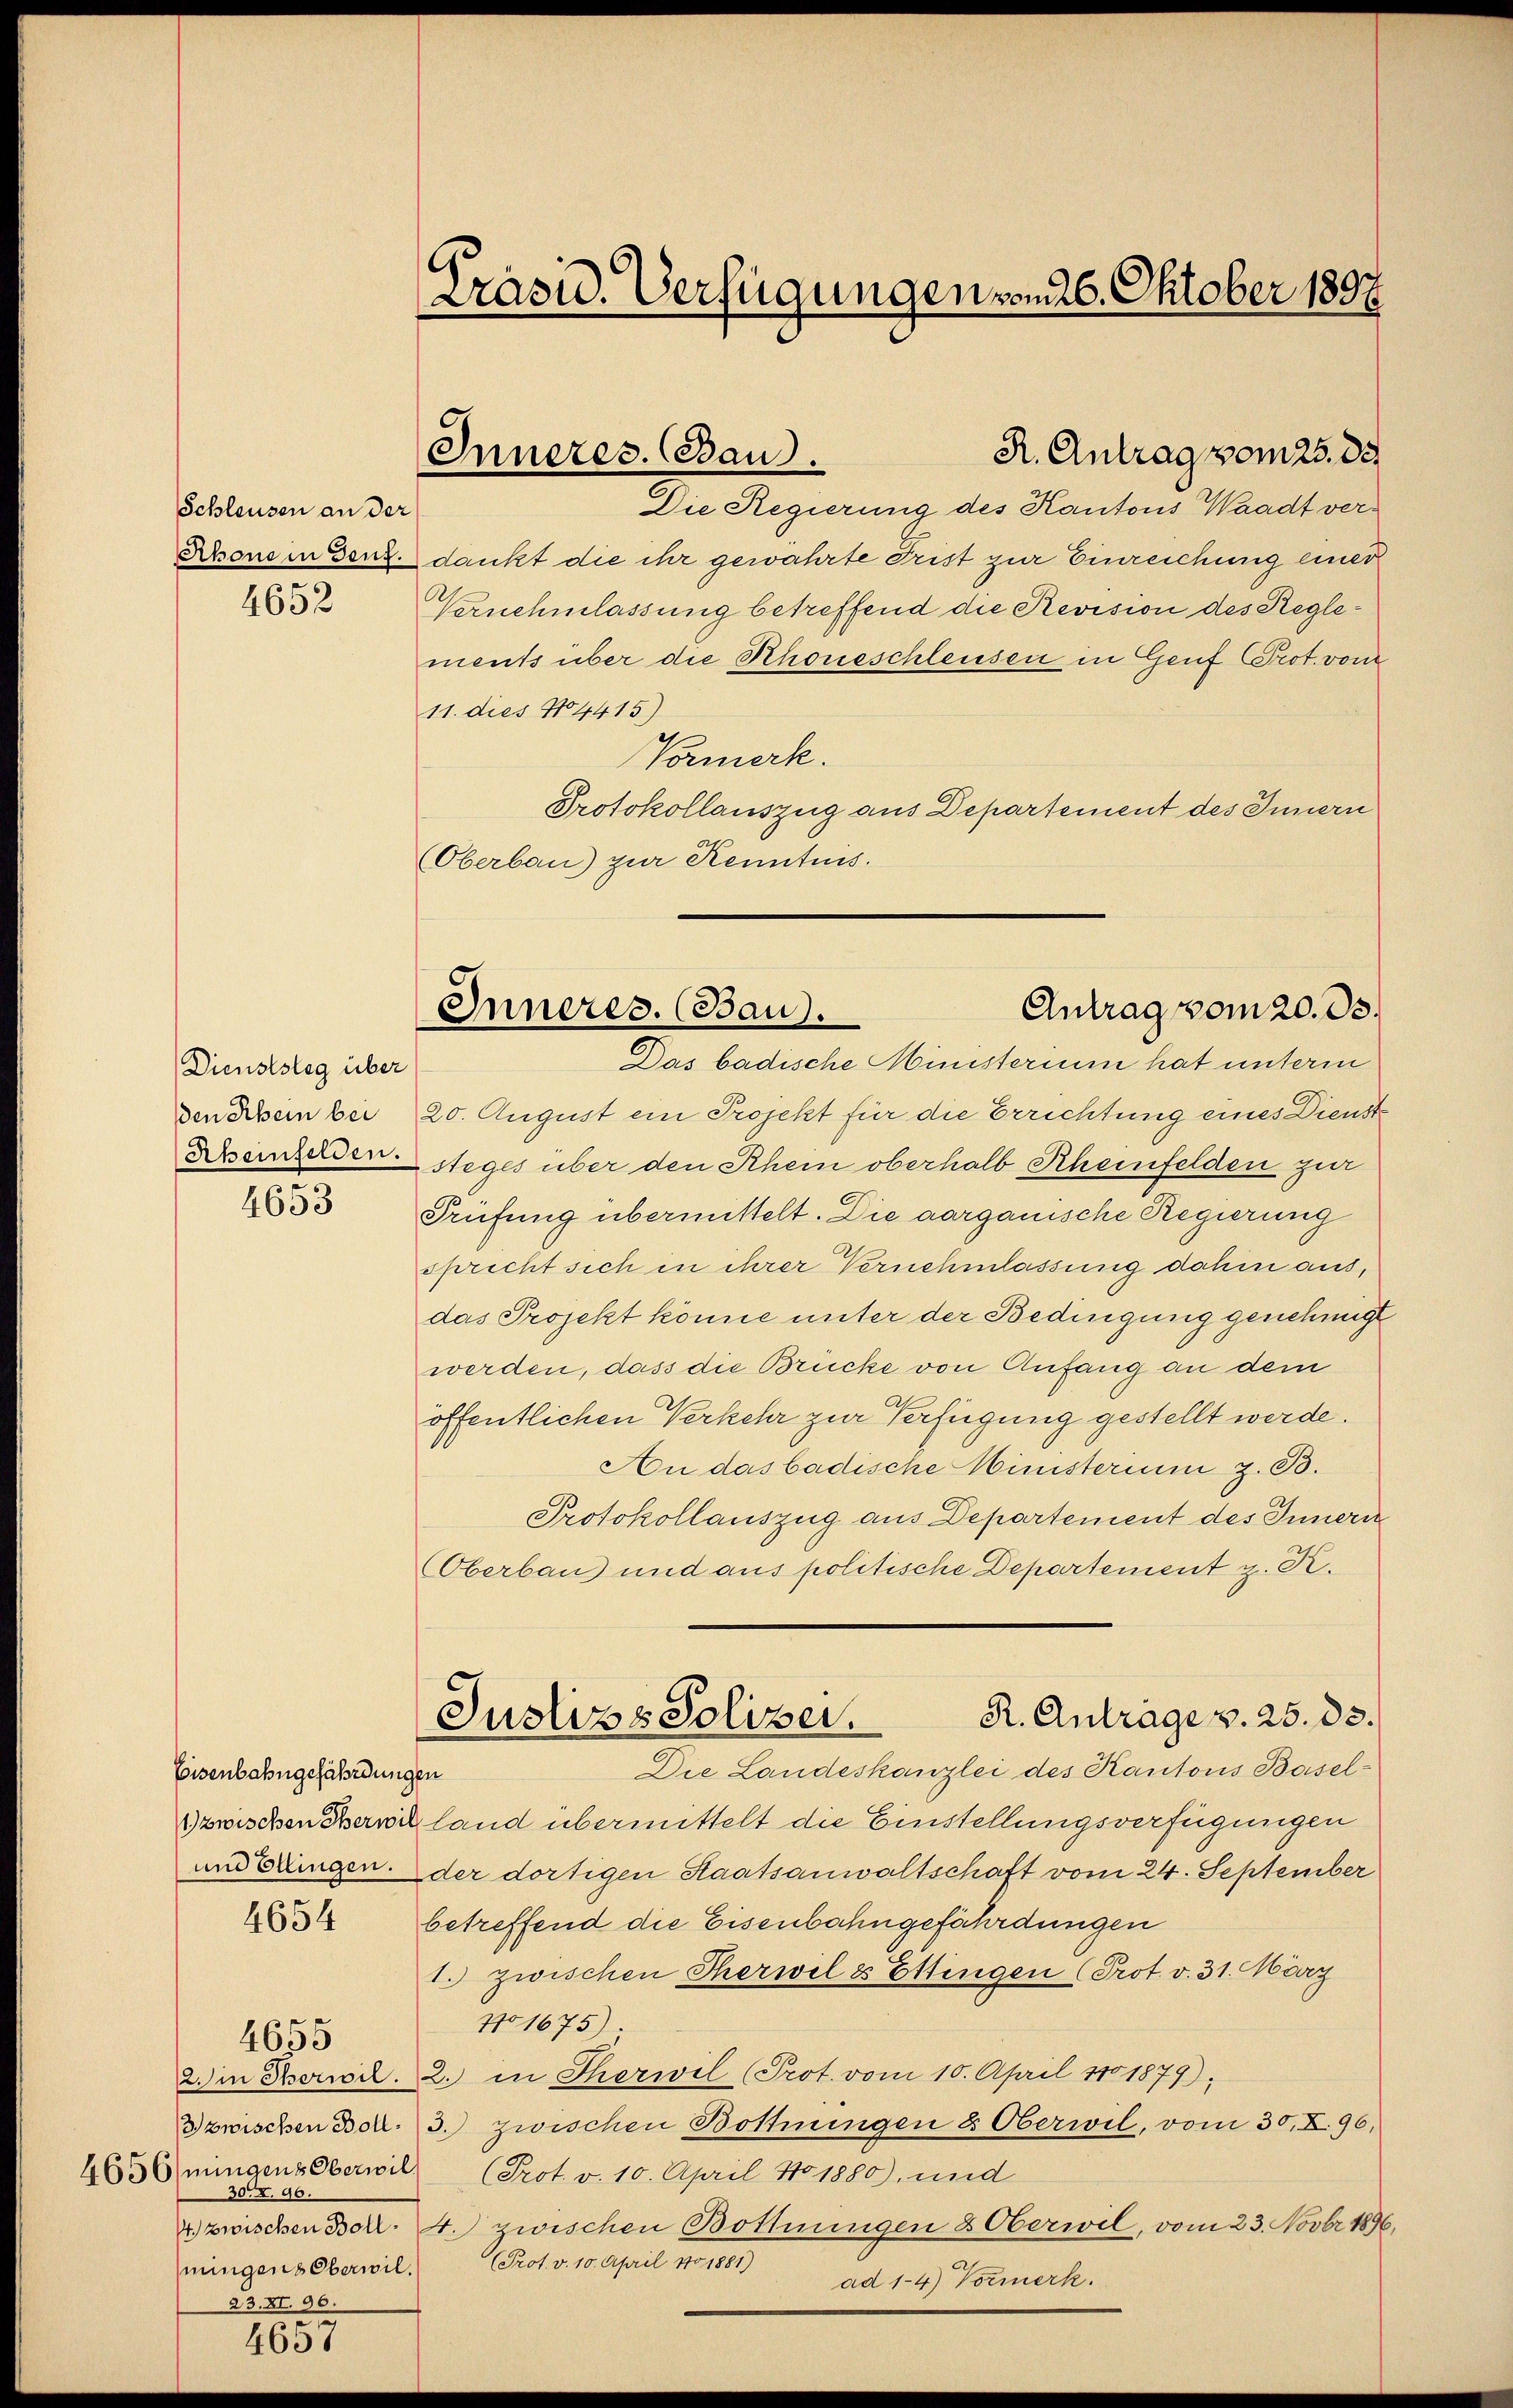
Schleusen an der
Rhone in Genf.

4652

Dienststeg über
den Schein bei
Abeinfelden.

4653

Eisenbahngefährdung
zwischen Oberwil

4654

4655

4656/mingens Oberwil
30. X. 96.
mungens Oberwil.
23.XI. 96
d

4601

Präsid. Verfügungen vom 26. Oktober 1897

Inneres. Band.

Die Regierung des Kantons Waadt verdankt die ihr gewährte Trist zur Einreichung einer
Vernehmlassung betreffend die Revision des Reglements über die Schoneschleusen in Genf Prot. vom
11. dies No 4415)
Vormerk.
Protokollauszug aus Departement des Innern
Oberbau) zur Kenntnis.
20. August ein Projekt für die Errichtung eines Dienst
steges über den Rhein oberhalb Scheinfelden zur
Prüfung übermittelt. Die aargauische Regierung
spricht sich in ihrer Vernehmlassung dahin aus,
das Projekt könne unter der Bedingung genehmigt
werden, dass die Brücke von Anfang an dem
öffentlichen Verkehr zur Verfügung gestellt werde.
An das badische Ministerium z. B.
Protokollauszug aus Departement des Innern
Oberbau und aus politische Departement z. K.
R. Anträge v. 25. 33.
Justizs Polizei.
Die Landeskanzlei des Kantons Baseln
land übermittelt die Einstellungsverfügungen
und bringen der dortigen Staatsanwaltschaft vom 24. September
betreffend die Eisenbahngefährdungen
1. zwischen Therwil & Ettingen (Prot. v. 31. März
No 1675)
2. in Period. 2. in Therwil (Prot. vom 10. April 1801879;
Bzwischen Bol. 3.) zwischen Bottingen & Oberwil, vom 30. X. 96,
(Prot. v. 10. April No 1880), und
4) zwischen Bort. 4.) zwischen Bothningen & Oberwil, vom 23. Novbr 1896,

R. Antrag vom 25. de

Antrag vom 20. ds.
Inneres. (Bau).
Das badische Ministerium hat unterm

Prolo april v. 180

h.